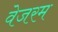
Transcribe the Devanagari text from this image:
वेजरम